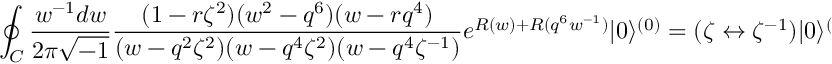
\oint _ { C } \frac { w ^ { - 1 } d w } { 2 \pi \sqrt { - 1 } } \frac { ( 1 - r \zeta ^ { 2 } ) ( w ^ { 2 } - q ^ { 6 } ) ( w - r q ^ { 4 } ) } { ( w - q ^ { 2 } \zeta ^ { 2 } ) ( w - q ^ { 4 } \zeta ^ { 2 } ) ( w - q ^ { 4 } \zeta ^ { - 1 } ) } e ^ { R ( w ) + R ( q ^ { 6 } w ^ { - 1 } ) } | 0 \rangle ^ { ( 0 ) } = ( \zeta \leftrightarrow \zeta ^ { - 1 } ) | 0 \rangle ^ { ( 0 ) } .